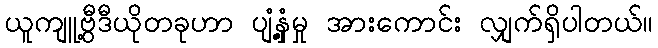
ယူကျူ့ဗွီဒီယိုတခုဟာ ပျံ့နှံ့မှု အားကောင်း လျှက်ရှိပါတယ်။